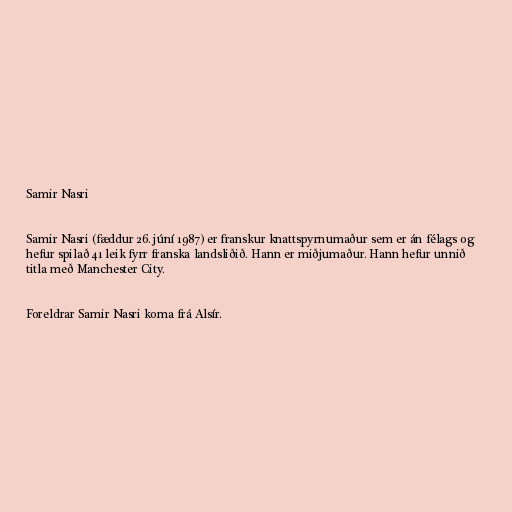
Samir Nasri

Samir Nasri (fæddur 26. júní 1987) er franskur knattspyrnumaður sem er án félags og
hefur spilað 41 leik fyrr franska landsliðið. Hann er miðjumaður. Hann hefur unnið
titla með Manchester City.

Foreldrar Samir Nasri koma frá Alsír.